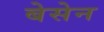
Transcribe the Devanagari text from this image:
बेसेन